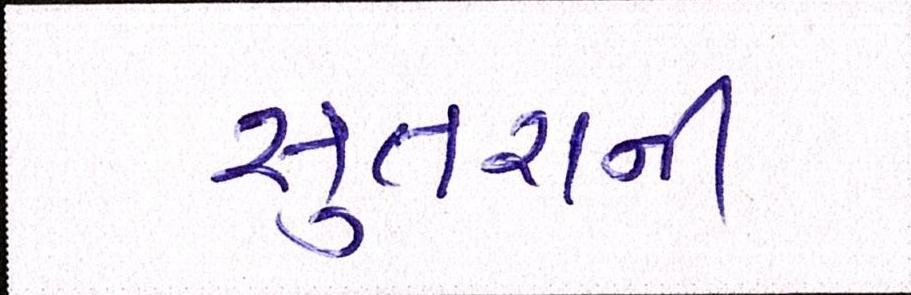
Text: સુતરાની